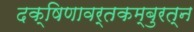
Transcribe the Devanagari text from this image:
दक्षिणावर्तकम्बुरत्न